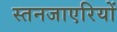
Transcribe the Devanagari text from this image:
स्तनजाएरियों